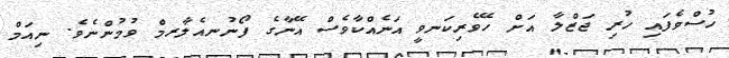
ހުސްވެފައި ހުރި ޖަޒްލާ އަށް ހޭވެރިކަނވީ އަނެއްކާވެސް އޭނާގެ ފޯނުނއެލާރމް ވުމުންނެވެ. ނިއަމް